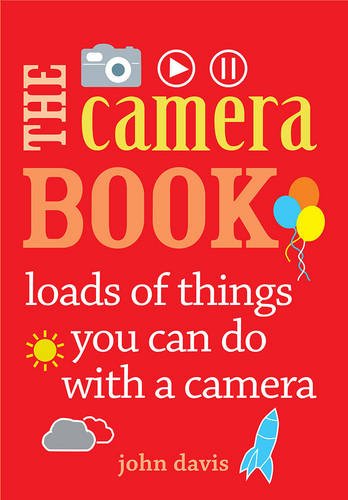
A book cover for The Camera Book: loads of things you can do with a camera; John Davis; Children's Books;